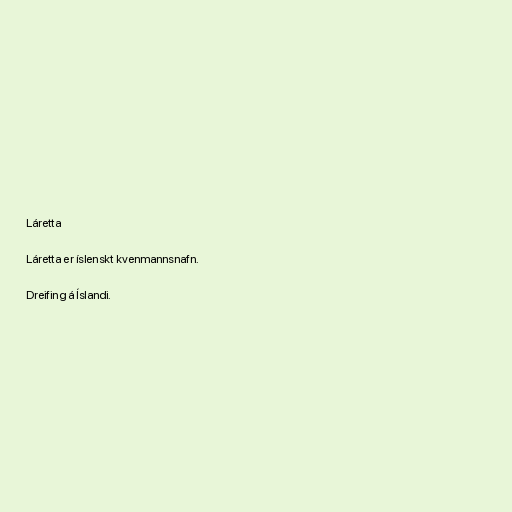
Láretta

Láretta er íslenskt kvenmannsnafn.

Dreifing á Íslandi.